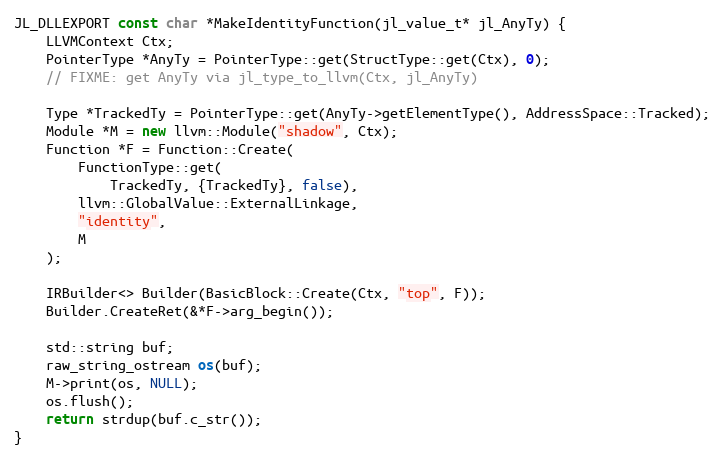
Language: C++
JL_DLLEXPORT const char *MakeIdentityFunction(jl_value_t* jl_AnyTy) {
    LLVMContext Ctx;
    PointerType *AnyTy = PointerType::get(StructType::get(Ctx), 0);
    // FIXME: get AnyTy via jl_type_to_llvm(Ctx, jl_AnyTy)

    Type *TrackedTy = PointerType::get(AnyTy->getElementType(), AddressSpace::Tracked);
    Module *M = new llvm::Module("shadow", Ctx);
    Function *F = Function::Create(
        FunctionType::get(
            TrackedTy, {TrackedTy}, false),
        llvm::GlobalValue::ExternalLinkage,
        "identity",
        M
    );

    IRBuilder<> Builder(BasicBlock::Create(Ctx, "top", F));
    Builder.CreateRet(&*F->arg_begin());

    std::string buf;
    raw_string_ostream os(buf);
    M->print(os, NULL);
    os.flush();
    return strdup(buf.c_str());
}